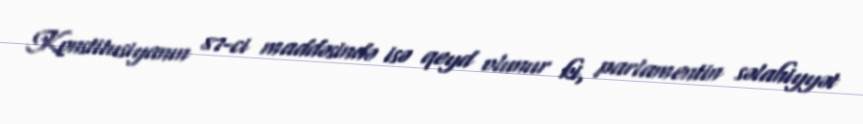
Konstitusiyanın 87-ci maddəsində isə qeyd olunur ki, parlamentin səlahiyyət